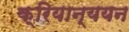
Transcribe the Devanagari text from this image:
क्रियान्ययन